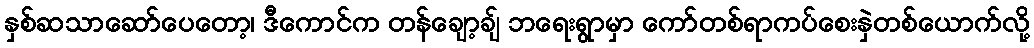
နှစ်ဆသာဆော်ပေတော့၊ ဒီကောင်က တန်ချော့ချ် ဘရေးရွာမှာ ကော်တစ်ရာကပ်စေးနှဲတစ်ယောက်လို့